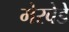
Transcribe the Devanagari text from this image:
मेरवेडे